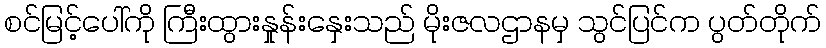
စင်မြင့်ပေါ်ကို ကြီးထွားနှုန်းနှေးသည် မိုးဇလဌာနမှ သွင်ပြင်က ပွတ်တိုက်